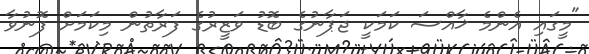
"މީގައި އެންމެ ޚާއްސަ ކަމަކީ ޖަޕާނުގެ ބޮޑު ވަޒީރުގެ ފަރާތުން މިކަމަށް ފޮނުވާ